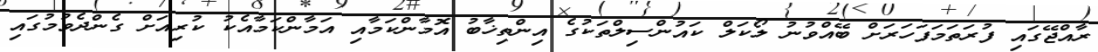
ރާއްޖޭގައި ފުރަތަމަފަހަރަށް ބޭއްވުނު ލޯކަލް ކައުންސިލްތަކުގެ އިންތިޚާބު އޮމާންކަމާއި އަމާންކަމާއެކު ކުރިއަށް ގެންދެވުމުގައި